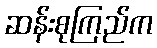
ဆန်းစုကြည်က